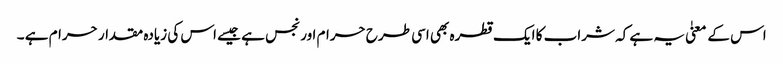
اس کے معنیٰ یہ ہے کہ شراب کا ایک قطرہ بھی اسی طرح حرام اور نجس ہے جیسے اس کی زیادہ مقدار حرام ہے ۔